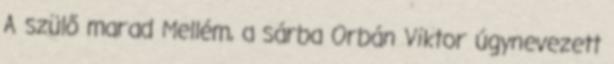
A szülő marad Mellém, a sárba Orbán Viktor úgynevezett